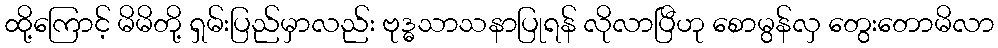
ထို့ကြောင့် မိမိတို့ ရှမ်းပြည်မှာလည်း ဗုဒ္ဓသာသနာပြုရန် လိုလာပြီဟု စောမွန်လှ တွေးတောမိလာ